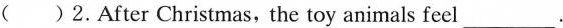
( )2.After Christmas, the toy animals feel___.